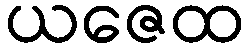
ယဇေထ